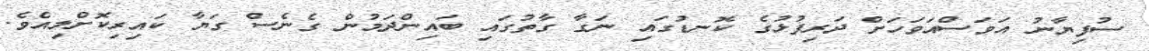
ސުފިޔާނު އަވަސްއަވަހަށް ދަރިފުޅުގެ ކޮނޑުގައި ނަގާ ގާތުގައި ބައިންދަމުން ގެނެސް ގަޔާ ކައިރިކޮށްލިއެވެ.